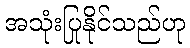
အသုံးပြုနိုင်သည်ဟု